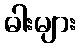
ဓါးများ